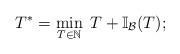
LaTeX: \begin{align*}T^*= \min_{T \in \mathbb{N}} \; T + \mathbb{I}_{\mathcal{B} } (T) ;\end{align*}